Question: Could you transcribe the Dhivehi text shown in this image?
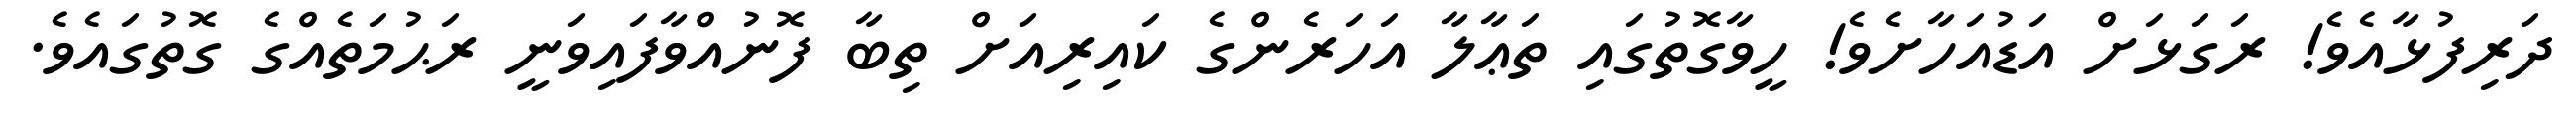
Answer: ދަރިފުޅާއެވެ! ރަގަޅަށް އަޑުއަހާށެވެ! ހީވާގޮތުގައި ތަޢާލާ އަހަރެންގެ ކައިރިއަށް ތިބާ ފޮނުއްވާފައިވަނީ ރަޙުމަތެއްގެ ގޮތުގައެވެ.